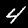
Label: 4